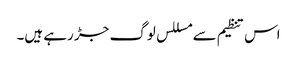
اس تنظیم سے مسللس لوگ جڑ رہے ہیں۔